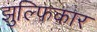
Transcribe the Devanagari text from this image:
झुल्फिकार